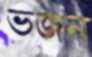
ভজন